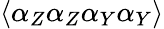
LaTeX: \langle\alpha_{Z}\alpha_{Z}\alpha_{Y}\alpha_{Y}\rangle